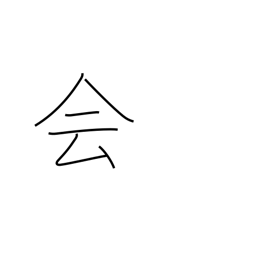
Meaning: join